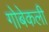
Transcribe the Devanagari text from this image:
गोबेकली